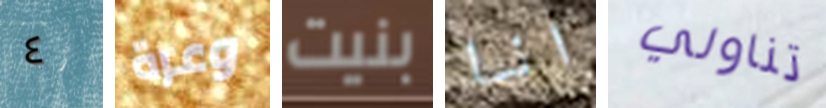
٤ وعرة بنيت انا تناولي